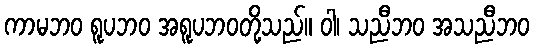
ကာမဘဝ ရူပဘဝ အရူပဘဝတို့သည်။ ဝါ၊ သညီဘဝ အသညီဘဝ